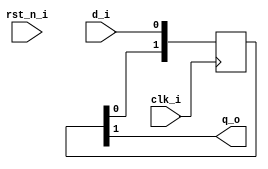
module dsi_sync_chain
  #( parameter length = 2)
   (
    input  clk_i,
    input  rst_n_i,
    input  d_i,
    output q_o );
   reg [length-1:0] sync;
   always@(posedge clk_i)
     begin
        sync[0] <= d_i;
        sync[length-1:1] <= sync[length-2:0];
     end
   assign q_o = sync[length-1];
endmodule